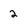
Character: 2